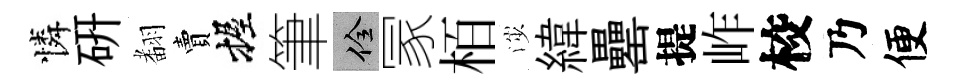
憐硏𮋒賣握筆佺冡栢渉緯罍提岞校乃便